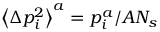
\left\langle \Delta p _ { i } ^ { 2 } \right\rangle ^ { a } = p _ { i } ^ { a } / A N _ { s }